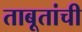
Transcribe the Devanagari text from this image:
ताबूतांची